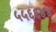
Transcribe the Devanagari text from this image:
५५६६४४